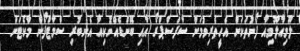
ލޫމިއާލޫމިއާ ފޯނުތަކަށް އެހީތެރިވުމަށް ސާފަސްޕްރޯ އާއި ބޭންޑެއްނޮކިއާ އެނބުރި ސްމާޓްފޯން މާކެޓަށް